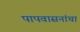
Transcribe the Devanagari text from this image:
पापवासनांचा